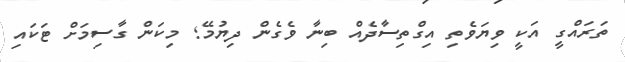
ތަރައްގީ އަކީ ވިޔަވެތި އިގްތިސާދެއް ބިނާ ވެގެން ދިޔުމޭ; މިކަން ގާސިމަށް ޓަކައި